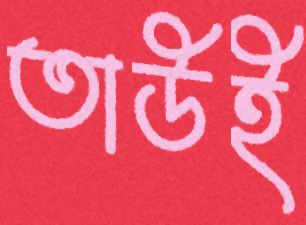
তাউই